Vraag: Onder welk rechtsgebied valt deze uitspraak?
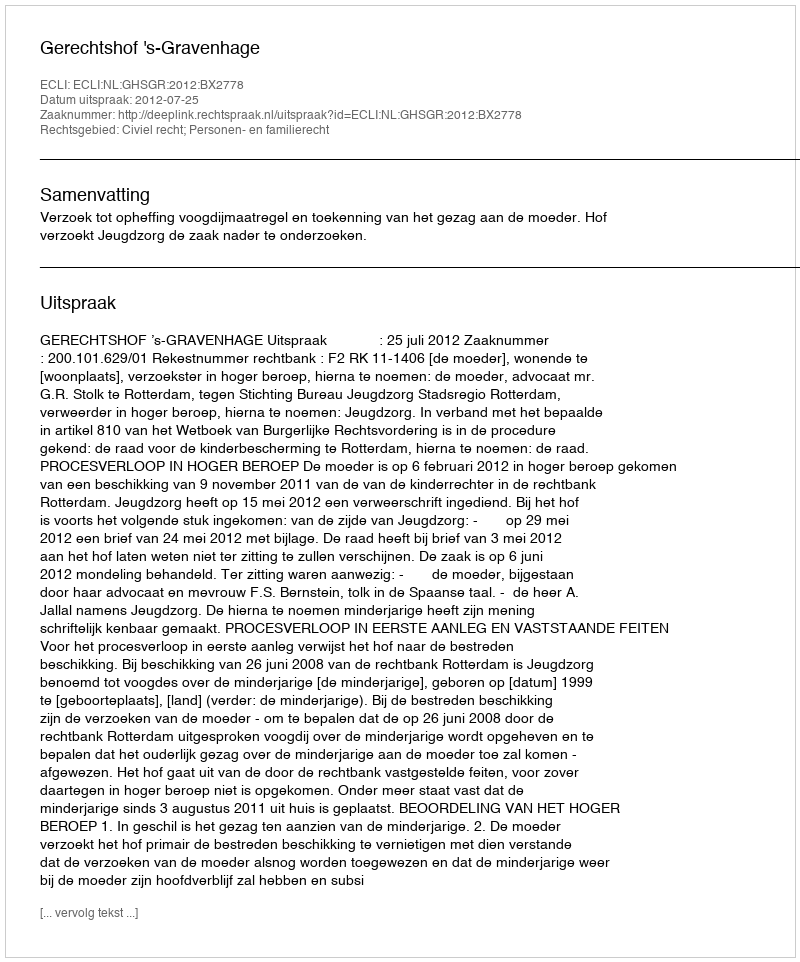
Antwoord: Civiel recht; Personen- en familierecht